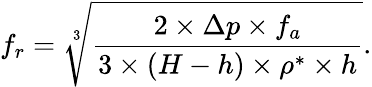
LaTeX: f_{r}=\sqrt[3]{\frac{2\times\Delta p\times f_{a}}{3\times(H-h)\times\rho^{*}\times h}}.